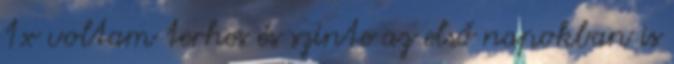
1x voltam terhes és szinte az első napokban is